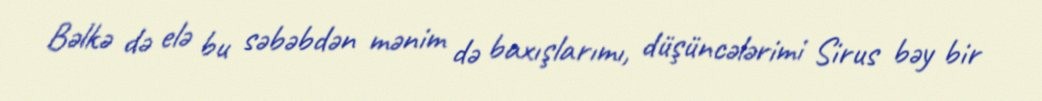
Bəlkə də elə bu səbəbdən mənim də baxışlarımı, düşüncələrimi Sirus bəy bir